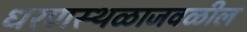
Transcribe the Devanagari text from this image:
धरणस्थळाजवळील